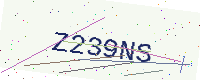
Text: Z239NS